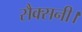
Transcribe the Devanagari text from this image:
सैक्सनी।